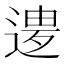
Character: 𲅨